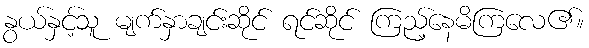
နွယ်နှင့်သူ မျက်နှာချင်းဆိုင် ရင်ဆိုင် ကြည့်နေမိကြလေ၏။